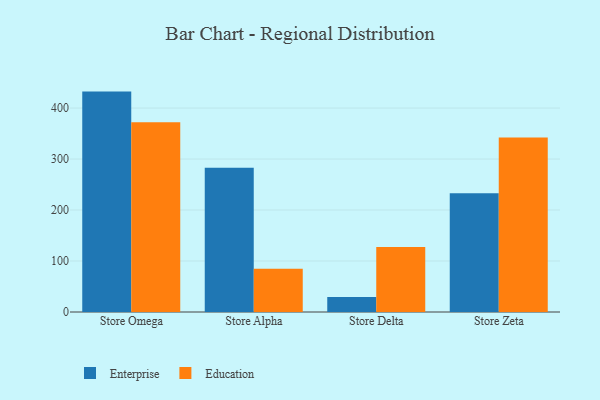
{"axis": {"x": "Store", "y": "Humidity (%)"}, "legend": ["Education", "Enterprise"], "data": [{"x": "Store Omega", "y": 432.3, "type": "Enterprise"}, {"x": "Store Omega", "y": 372.3, "type": "Education"}, {"x": "Store Alpha", "y": 283.1, "type": "Enterprise"}, {"x": "Store Alpha", "y": 85.0, "type": "Education"}, {"x": "Store Delta", "y": 29.4, "type": "Enterprise"}, {"x": "Store Delta", "y": 127.5, "type": "Education"}, {"x": "Store Zeta", "y": 232.8, "type": "Enterprise"}, {"x": "Store Zeta", "y": 342.4, "type": "Education"}]}